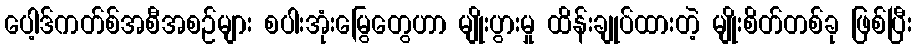
ပေါ့ဒ်ကတ်စ်အစီအစဉ်များ စပါးအုံးမြွေတွေဟာ မျိုးပွားမှု ထိန်းချုပ်ထားတဲ့ မျိုးစိတ်တစ်ခု ဖြစ်ပြီး